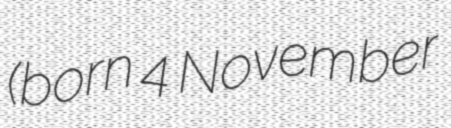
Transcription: (born 4 November